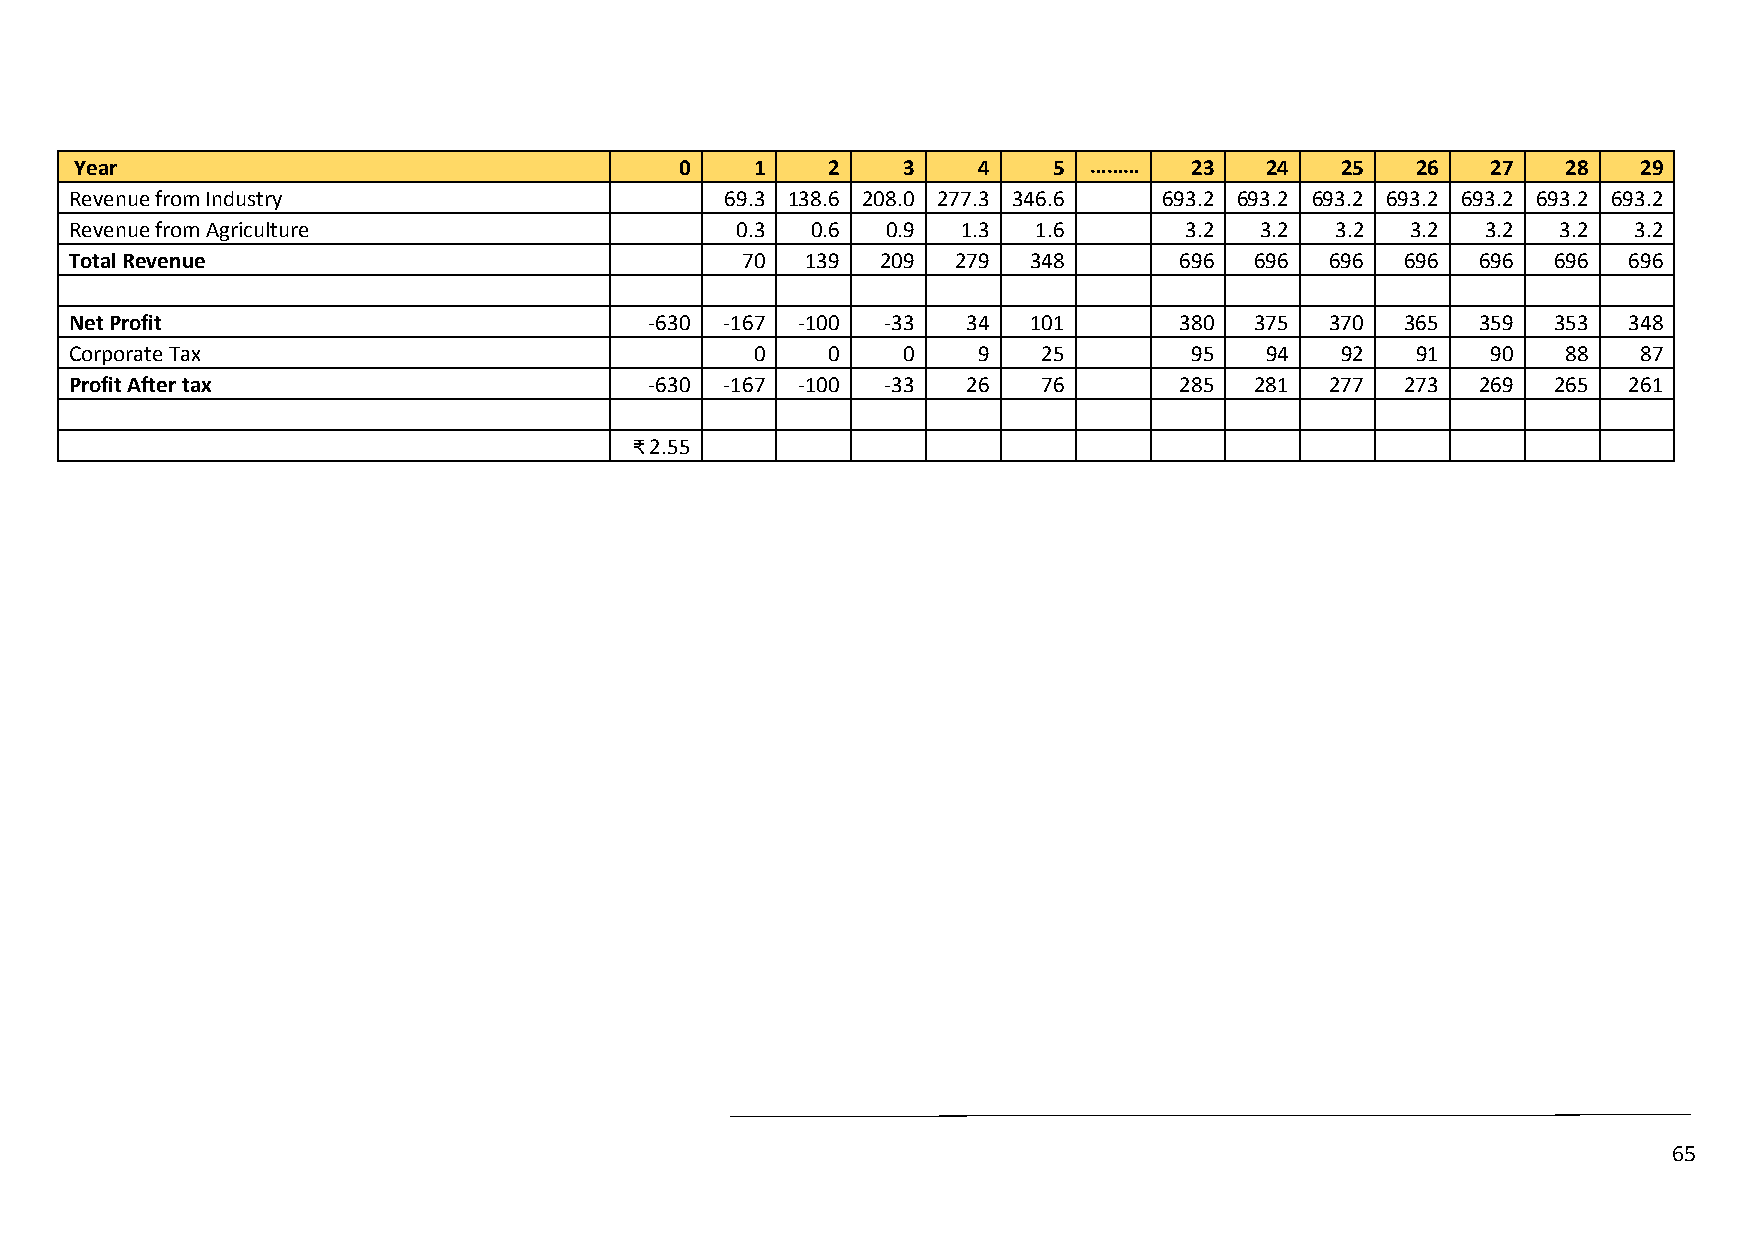
Year                                    0    1    2    3    4    5 ………    23   24   25   26   27   28   29
 Revenue from Industry                      69.3 138.6 208.0 277.3 346.6 693.2 693.2 693.2 693.2 693.2 693.2 693.2
 Revenue from Agriculture                    0.3  0.6  0.9  1.3  1.6      3.2  3.2  3.2  3.2  3.2  3.2  3.2
 Total Revenue                               70  139  209  279  348       696  696  696  696  696  696  696
 Net Profit                            -630 -167 -100  -33  34  101       380  375  370  365  359  353  348
 Corporate Tax                                0    0    0    9   25        95   94   92   91   90   88   87
 Profit After tax                      -630 -167 -100  -33  26   76       285  281  277  273  269  265  261
 ₹ 2.55
 65